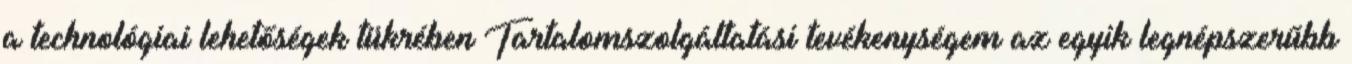
a technológiai lehetőségek tükrében Tartalomszolgáltatási tevékenységem az egyik legnépszerűbb